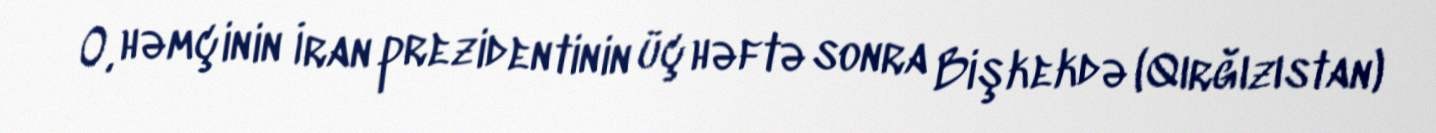
O, həmçinin İran prezidentinin üç həftə sonra Bişkekdə (Qırğızıstan)